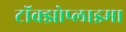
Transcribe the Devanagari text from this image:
टॉक्झोप्लाझ्मा